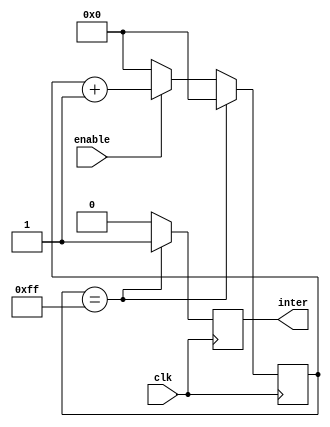
module Count256(clk,enable,inter);
	input wire clk,enable;
	output reg inter;
	reg [7:0]count;
	initial begin inter<=0; count<=8'd0;end
	always@(posedge clk)
	begin
		if(count==8'b1111_1111) begin inter<=1;count<=0;end
		else
		begin
			inter<=0;
			if(enable==1) count<=count+1;
			else count<=8'b0000_0000;
		end
	end
endmodule